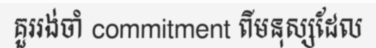
គួររង់ចាំ commitment ពីមនុស្សដែល